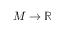
M \to \mathbb { R }